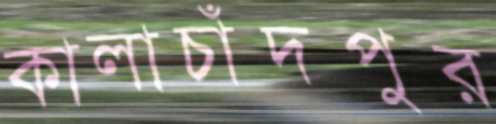
কালাচাঁদপুর